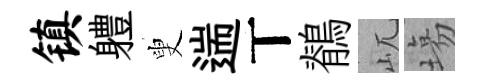
镇軆叟遄丅鶺屼塲